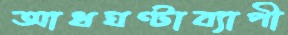
আধঘণ্টাব্যাপী